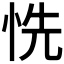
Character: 𢙝